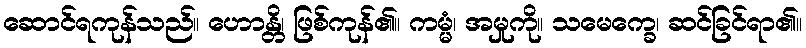
ဆောင်ရကုန်သည်။ ဟောန္တိ၊ ဖြစ်ကုန်၏။ ကမ္မံ၊ အမှုကို။ သမေက္ခေ၊ ဆင်ခြင်ရာ၏။